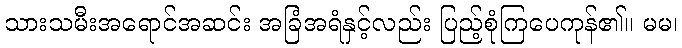
သားသမီးအရောင်အဆင်း အခြံအရံနှင့်လည်း ပြည့်စုံကြပေကုန်၏။ မမ၊